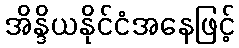
အိန္ဒိယနိုင်ငံအနေဖြင့်